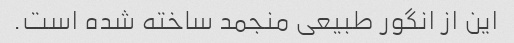
این از انگور طبیعی منجمد ساخته شده است.